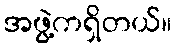
အဖွဲ့ကရှိတယ်။